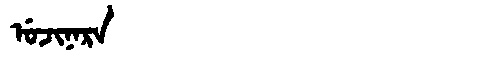
Manchu: ᡠᠵᡳᠨᠠᡵᠠ
Romanization: UJINARA